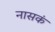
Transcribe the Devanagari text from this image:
नासकं